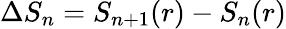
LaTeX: \Delta S_{n}=S_{n+1}(r)-S_{n}(r)